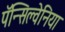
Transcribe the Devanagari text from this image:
पॅन्सिल्वेनिया